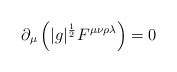
\begin{align*}\partial_{\mu} \left( |g|^{\frac{1}{2}} F^{\mu \nu \rho \lambda} \right) = 0\end{align*}